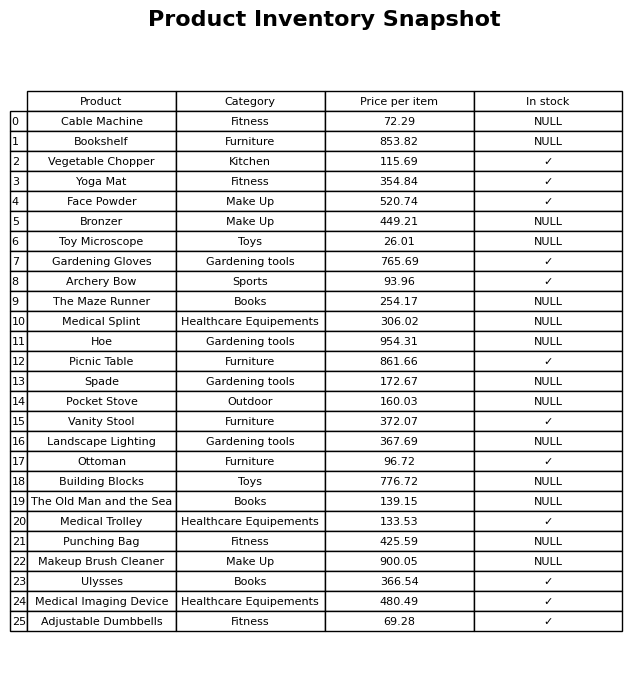
question: What is the stock status of the Archery Bow?
answer: ✓